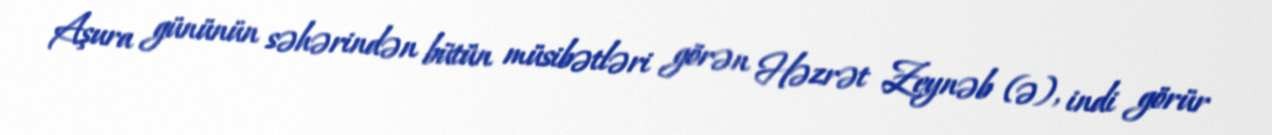
Aşura gününün səhərindən bütün müsibətləri görən Həzrət Zeynəb (ə), indi görür